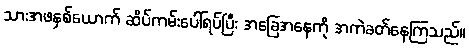
သားအဖနှစ်ယောက် ဆိပ်ကမ်းပေါ်ရပ်ပြီး အခြေအနေကို အကဲခတ်နေကြသည်။